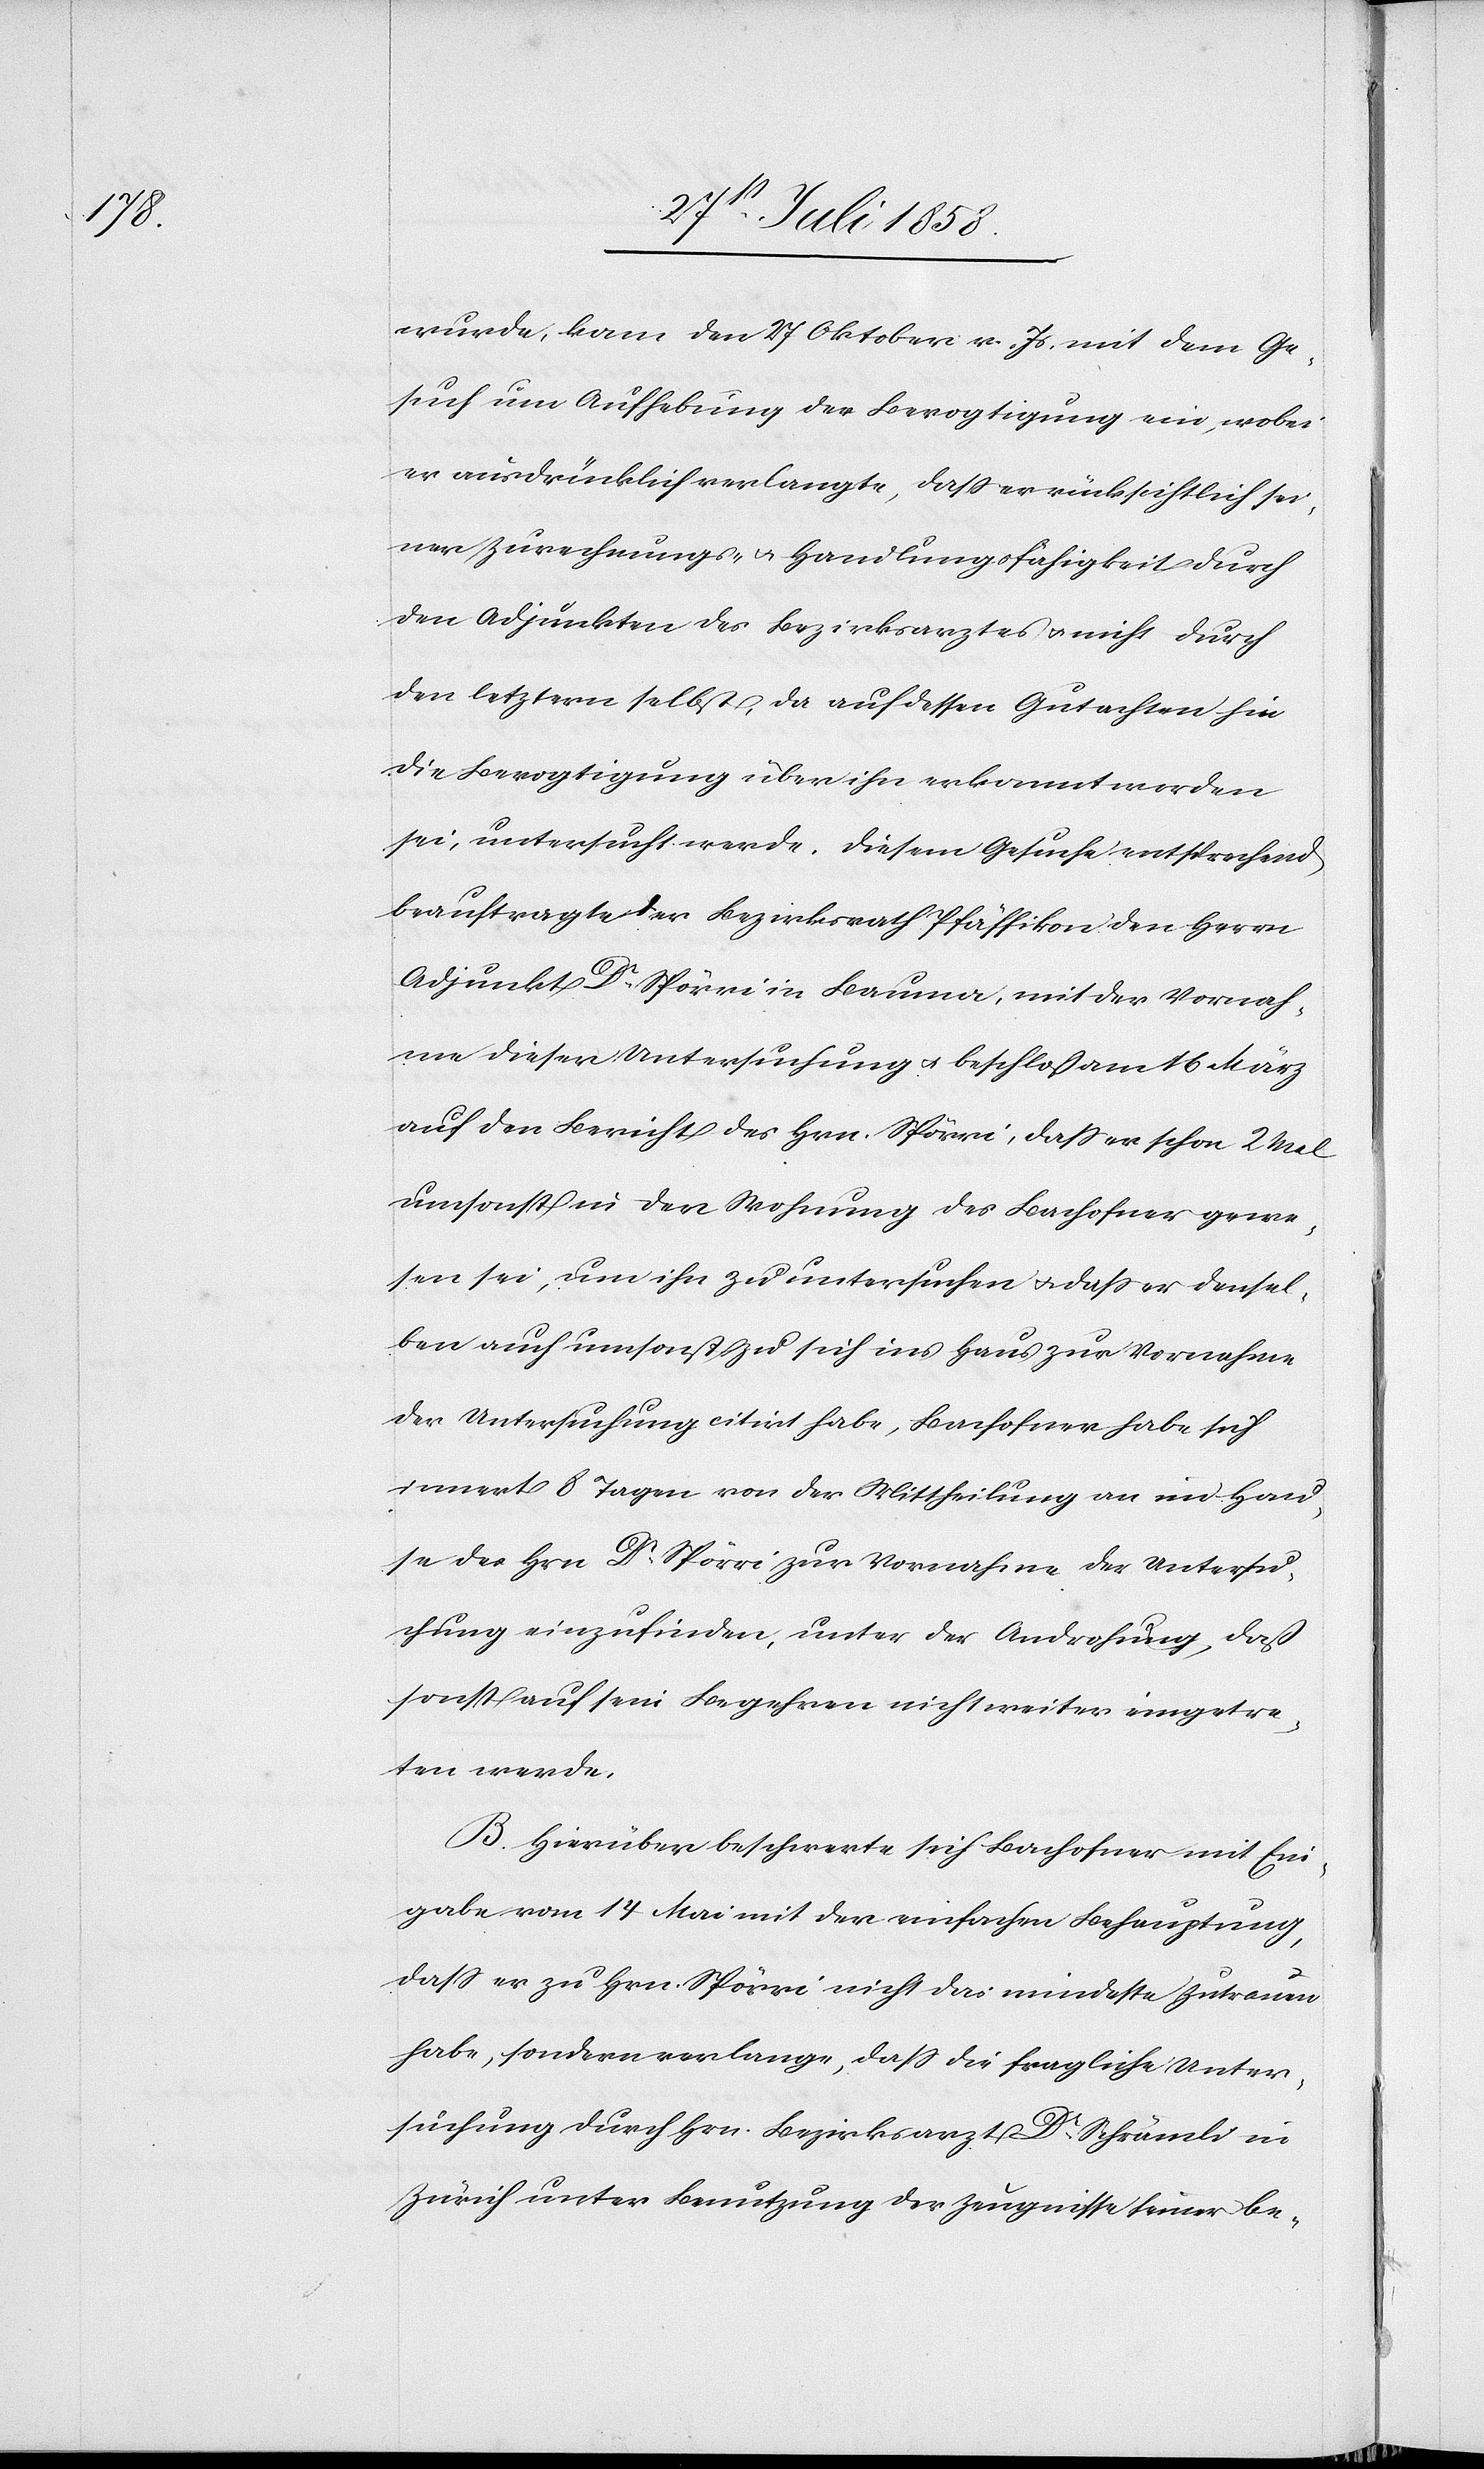
wurde, kam den 27 Oktober v. Js. mit dem Ge¬
such um Aufhebung der Bevogtigung ein, wobei
er ausdrücklich verlangte, dass er rücksichtlich sei¬
ner Zurechnungs- & Handlungsfähigkeit durch
den Adjunkten des Bezirksarztes & nicht durch
den letztern selbst, da auf dessen Gutachten hin
die Bevogtigung über ihn erkannt worden
sei, untersucht werde. Diesem Gesuche entsprechend
beauftragte der Bezirksrath Pfäffikon den Herrn
Adjunkt Dr. Spörri in Bauma, mit der Vornah¬
me dieser Untersuchung & beschloß am 16 März
auf den Bericht des Hrn. Spörri, dass er schon 2 Mal
umsonst in der Wohnung des Bachofner gewe¬
sen sei, um ihn zu untersuchen & dass er densel¬
ben auch umsonst zu sich ins Haus zur Vornahme
der Untersuchung citirt habe, Bachofner habe sich
innert 8 Tagen von der Mittheilung an im Hau¬
se des Hrn. Dr. Spörri zur Vornahme der Untersu¬
chung einzufinden, unter der Androhung, daß
sonst auf sein Begehren nicht weiter eingetre¬
ten werde.
B. Hierüber beschwerte sich Bachofner mit Ein¬
gabe vom 14 Mai mit der einfachen Behauptung,
dass er zu Hrn. Spörri nicht das mindeste Zutrauen
habe, sondern verlange, dass die fragliche Unter¬
suchung durch Hrn. Bezirksarzt Dr. Schrämli in
Zürich unter Benutzung der Zeugnisse seiner be-